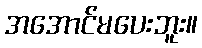
အအောင်မပေးဘူး။